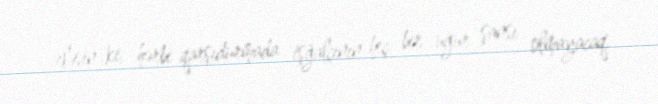
eləsin ki, hərbi qarşıdurmada işğalçının heç bir uğur şansı olmayacaq.